First report of the anti-malarial operations at Mian Mir, 1901-1903 - Number 6
Year: 1901
Disease focus: Malaria
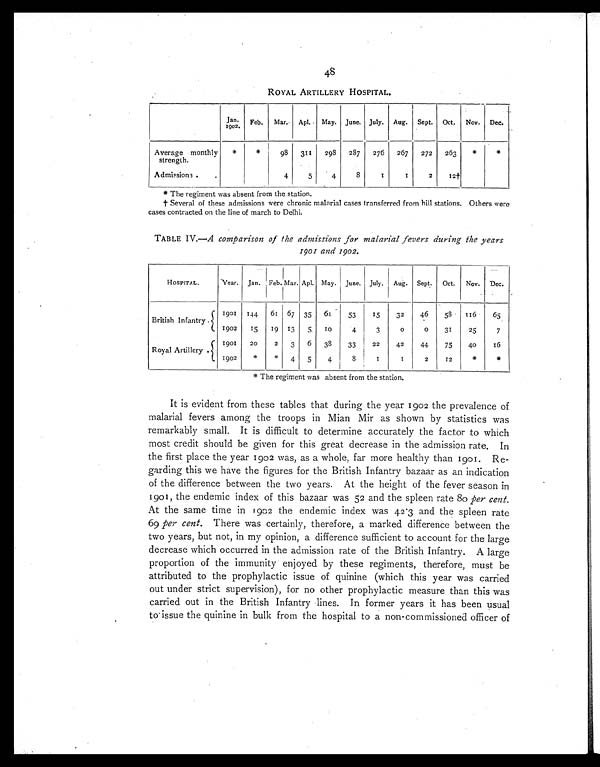
48
ROYAL ARTILLERY HOSPITAL.
Jan.
1902.
Feb.
Mar.
Apl.
May. June. July. Aug.
Sept. Oct. Nov. Dec.
Average monthly
strength.
*
*
98
311
298
287
276
267
272
263
*
*
Admissions. .
4
5
4
8
1
1
2
12†
* The regiment was absent from the station.
† Several of these admissions were chronic malarial cases transferred from hill stations. Others were
cases contracted on the line of march to Delhi.
TABLE IV.—A comparison of the admissions for malarial fevers during the years
1901 and 1902.
HOSPITAL.
Year. Jan. Feb. Mar. Apl. May. June. July,
Aug. Sept.
Oct.
Nov. Dec.
1901 144
61 67 35
6 1
53
15
32
46
58
1 1 6
65
British Infantry .
1902
15
19 13
5
1 0
4
3
0
0
31
25
7
1901
20
2
3
6
38
33
22
42
44
75
40
16
Royal Artillery .
1902
*
*
4
5
4
8
1
1
2
12
*
*
*The regiment was absent from the station.
It is evident from these tables that during the year 1902 the prevalence of
malarial fevers among the troops in Mian Mir as shown by statistics was
remarkably small. It is difficult to determine accurately the factor to which
most credit should be given for this great decrease in the admission rate. In
the first place the year 1902 was, as a whole, far more healthy than 1901. Re
- g a r d i n g t h i s w e h a v e t h e f i g u r e s f o r t h e B r i t i s h I n f a n t r y b a z a a r a s a n i n d i c a t i o n
of the difference between the two years. At the height of the fever season in
1901, the endemic index of this bazaar was 52 and the spleen rate 8o per cent.
At the same time in 1902 the endemic index was 42.3 and the spleen rate
69 per cent. There was certainly, therefore, a marked difference between the
two years, but not, in my opinion, a difference sufficient to account for the large
decrease which occurred in the admission rate of the British Infantry. A large
proportion of the immunity enjoyed by these regiments, therefore, must be
attributed to the prophylactic issue of quinine (which this year was carried
out under strict supervision), for no other prophylactic measure than this was
carried out in the British Infantry lines. In former years it has been usual
to issue the quinine in bulk from the hospital to a non-commissioned officer of